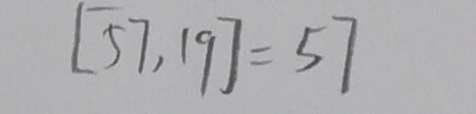
[ 5 7 , 1 9 ] = 5 7